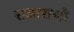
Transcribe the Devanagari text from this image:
राजाराणी